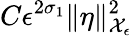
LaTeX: C\epsilon^{2\sigma_{1}}\| \eta\| _{\mathcal{X}_{\epsilon}}^{2}